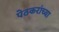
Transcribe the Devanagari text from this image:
पेठकरांच्या